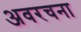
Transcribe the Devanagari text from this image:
अवरचना